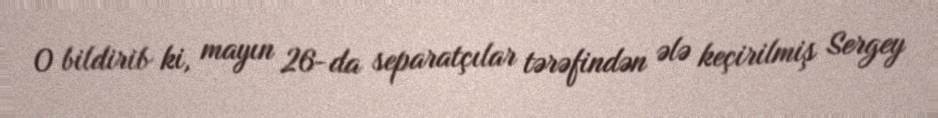
O bildirib ki, mayın 26-da separatçılar tərəfindən ələ keçirilmiş Sergey